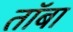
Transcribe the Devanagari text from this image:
तॉबा